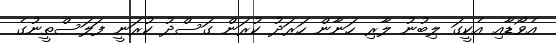
އެވޯޑާއި އެކީގަ ލިބުނު ލާރި ހަނާން ހަރަދު ކުރަން ގަސްދު ކުރަނީ ފަލަސްތީނުގެ